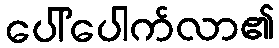
ပေါ်ပေါက်လာ၏